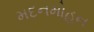
મદનમોહન